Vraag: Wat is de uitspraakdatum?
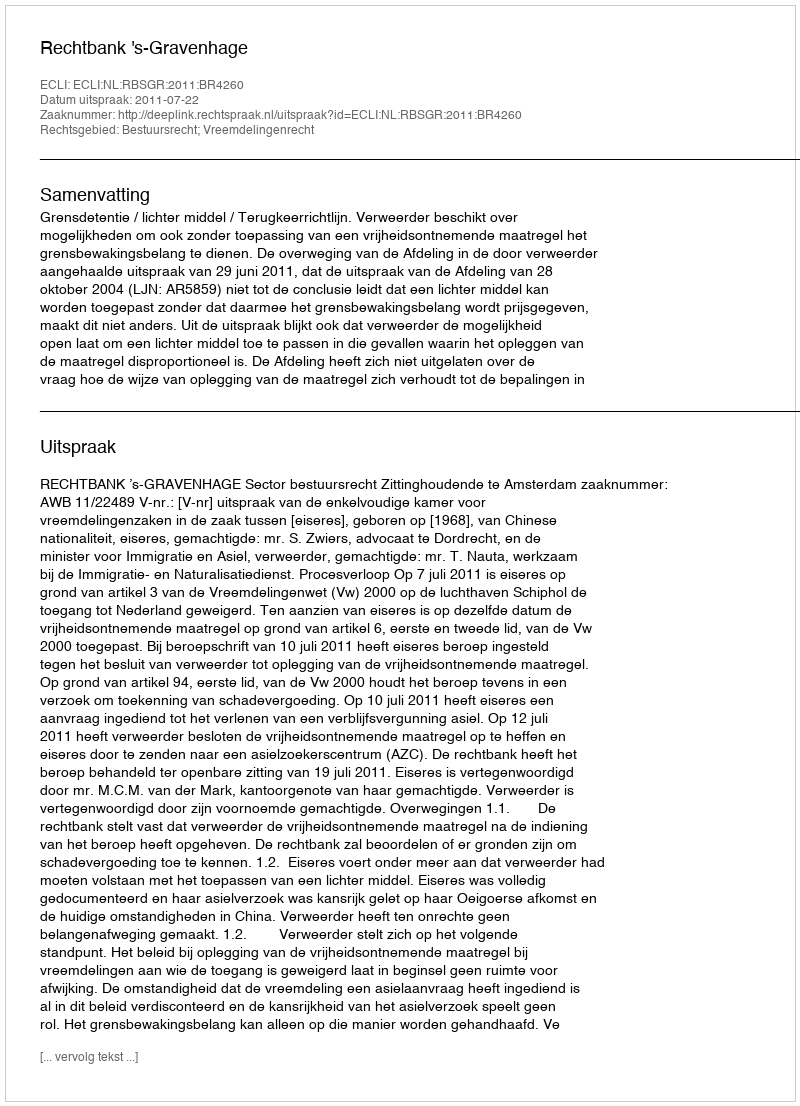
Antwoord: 2011-07-22